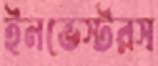
ইনভেস্টরস